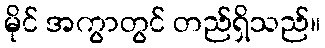
မိုင် အကွာတွင် တည်ရှိသည်။